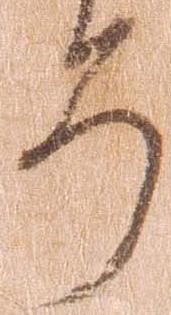
そ